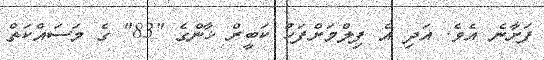
ފަށާނެ އެވެ. އަދި އެ ފިލްމަށްފަހު ކަބީރް ޚާންގެ "83" ގެ މަސައްކަތް